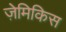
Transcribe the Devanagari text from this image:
ज़ेमिकिस